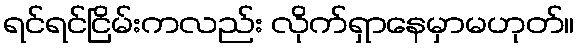
ရင်ရင်ငြိမ်းကလည်း လိုက်ရှာနေမှာမဟုတ်။